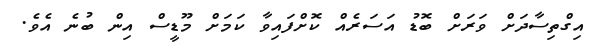
އިގްތިސާދަށް ވަރަށް ބޮޑު އަސަރެއް ކޮށްފައިވާ ކަމަށް މޫޑީސް އިން ބުނެ އެވެ.